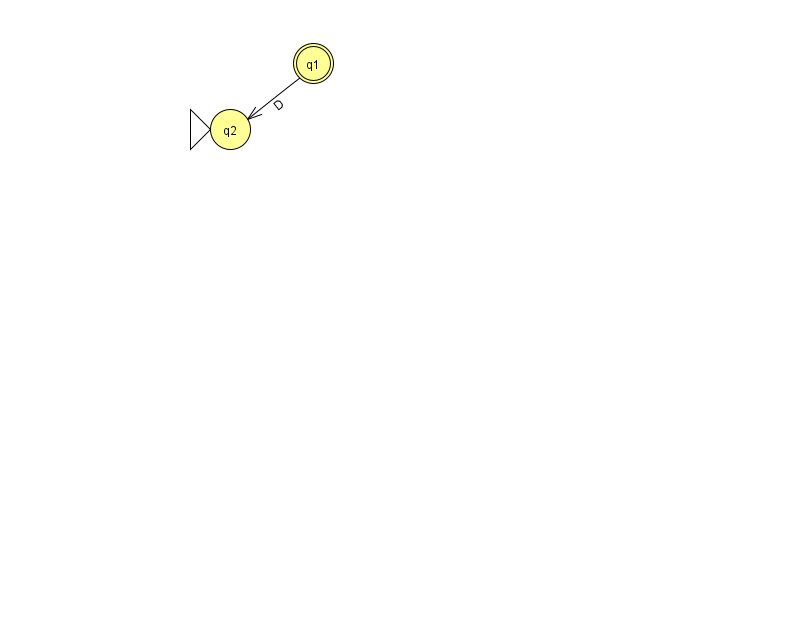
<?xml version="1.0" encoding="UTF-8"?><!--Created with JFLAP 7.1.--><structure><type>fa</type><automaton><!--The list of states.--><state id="1" name="q1"><x>313.0</x><y>50.0</y><final/></state><state id="2" name="q2"><x>230.0</x><y>116.0</y><initial/></state><!--The list of transitions.--><transition><from>1</from><to>2</to><read>D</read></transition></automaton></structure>